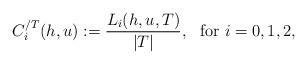
LaTeX: \begin{align*} C_i^{/T}(h,u):=\frac{L_i(h,u,T)}{|T|},~\mbox{ for }i=0,1,2,\end{align*}